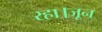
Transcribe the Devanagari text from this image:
रहा।जून